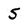
Character: 5